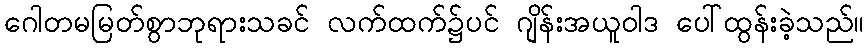
ဂေါတမမြတ်စွာဘုရားသခင် လက်ထက်၌ပင် ဂျိန်းအယူဝါဒ ပေါ်ထွန်းခဲ့သည်။